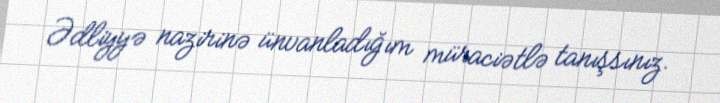
Ədliyyə nazirinə ünvanladığım müraciətlə tanışsınız.